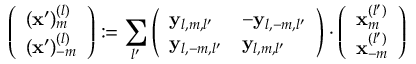
\left( \begin{array} { l } { ( \mathbf { x } ^ { \prime } ) _ { m } ^ { ( l ) } } \\ { ( \mathbf { x } ^ { \prime } ) _ { - m } ^ { ( l ) } } \end{array} \right) : = \sum _ { l ^ { \prime } } \left( \begin{array} { l l } { \mathbf { y } _ { l , m , l ^ { \prime } } } & { - \mathbf { y } _ { l , - m , l ^ { \prime } } } \\ { \mathbf { y } _ { l , - m , l ^ { \prime } } } & { \mathbf { y } _ { l , m , l ^ { \prime } } } \end{array} \right) \cdot \left( \begin{array} { l } { \mathbf { x } _ { m } ^ { ( l ^ { \prime } ) } } \\ { \mathbf { x } _ { - m } ^ { ( l ^ { \prime } ) } } \end{array} \right)